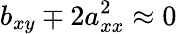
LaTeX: b_{xy}\mp 2a_{xx}^{2}\approx 0